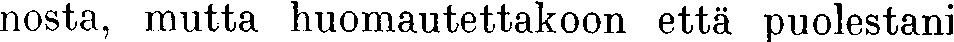
nosta, mutta huomautettakoon että puolestani